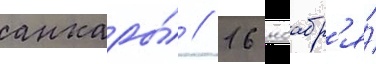
анкары́ // 16 ноабр'я́